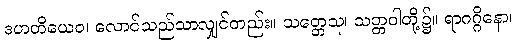
ဒဟတိယေဝ၊ လောင်သည်သာလျှင်တည်း။ သတ္တေသု၊ သတ္တဝါတို့၌။ ရာဂဂ္ဂိနော၊